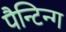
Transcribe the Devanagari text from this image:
पैन्टिन्ग